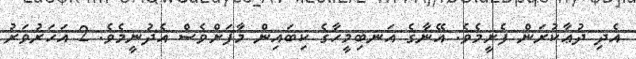
އެދި ދުޢާކުރަން ފެށީމެވެ. އޭނާގެ އަނބިމީހާގެ ކިބައިން މާފަށްވެސް އެދުނީމެވެ. 2 އަހަރުވަރު